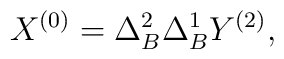
X^{(0)}=\Delta^2_B\Delta^1_BY^{(2)},